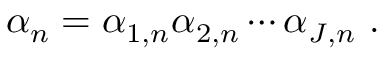
\alpha _ { n } = \alpha _ { 1 , n } \alpha _ { 2 , n } \cdots \alpha _ { J , n } ~ .